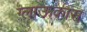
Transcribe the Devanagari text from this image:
ग्लाऊकास